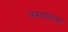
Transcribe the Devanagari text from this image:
प्रयाणाला